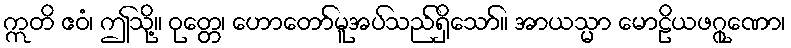
ဣတိ ဧဝံ၊ ဤသို့။ ဝုတ္တေ၊ ဟောတော်မူအပ်သည်ရှိသော်။ အာယသ္မာ မောဠိယဖဂ္ဂုဏော၊